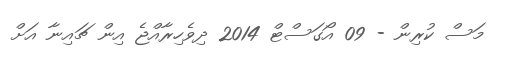
މަސް ކުރިން - 09 އޯގަސްޓް 2014 ދިވެހިރާއްޖެ އިން ޗައިނާ އަށް